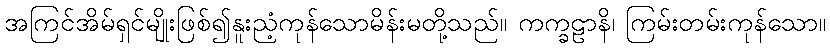
အကြင်အိမ်ရှင်မျိုးဖြစ်၍နူးညံ့ကုန်သောမိန်းမတို့သည်။ ကက္ခဠာနိ၊ ကြမ်းတမ်းကုန်သော။